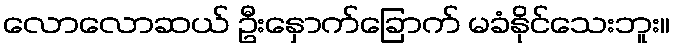
လောလောဆယ် ဦးနှောက်ခြောက် မခံနိုင်သေးဘူး။